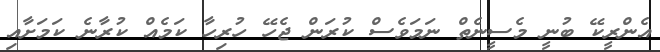
އެންރީކޭ ބުނީ މެސީނެތް ނަމަވެސް ކުރަން ޖެހޭ ހުރިހާ ކަމެއް ކުރާނެ ކަމަށާއި